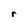
Character: r